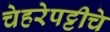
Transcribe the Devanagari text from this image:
चेहरेपट्टीचे